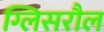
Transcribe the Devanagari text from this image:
ग्लिसरौल